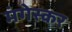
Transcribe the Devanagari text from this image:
मंगेस्कर